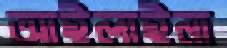
আইলাইনা